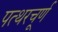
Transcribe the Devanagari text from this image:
पत्थरचूर्ण